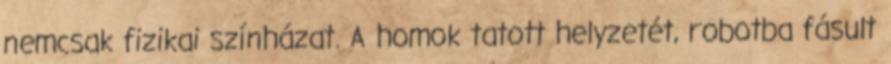
nemcsak fizikai színházat. A homok tatott helyzetét, robotba fásult